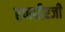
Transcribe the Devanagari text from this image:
रणधीरजी